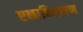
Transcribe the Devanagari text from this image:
एकाकिकरण